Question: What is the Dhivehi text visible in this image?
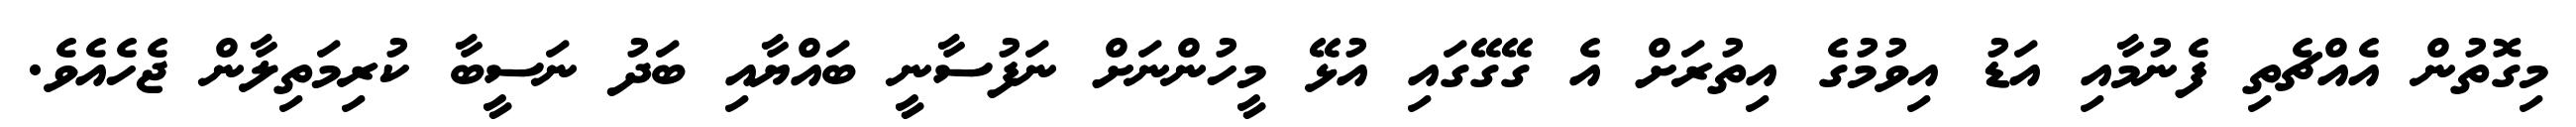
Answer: މިގޮތުން އެއްޗެތި ފެނުމާއި އަޑު އިވުމުގެ އިތުރަށް އެ ގޭގޭގައި އުޅޭ މީހުންނަށް ނަފުސާނީ ބައްޔާއި ބަދު ނަސީބާ ކުރިމަތިލާން ޖެހެއެވެ.